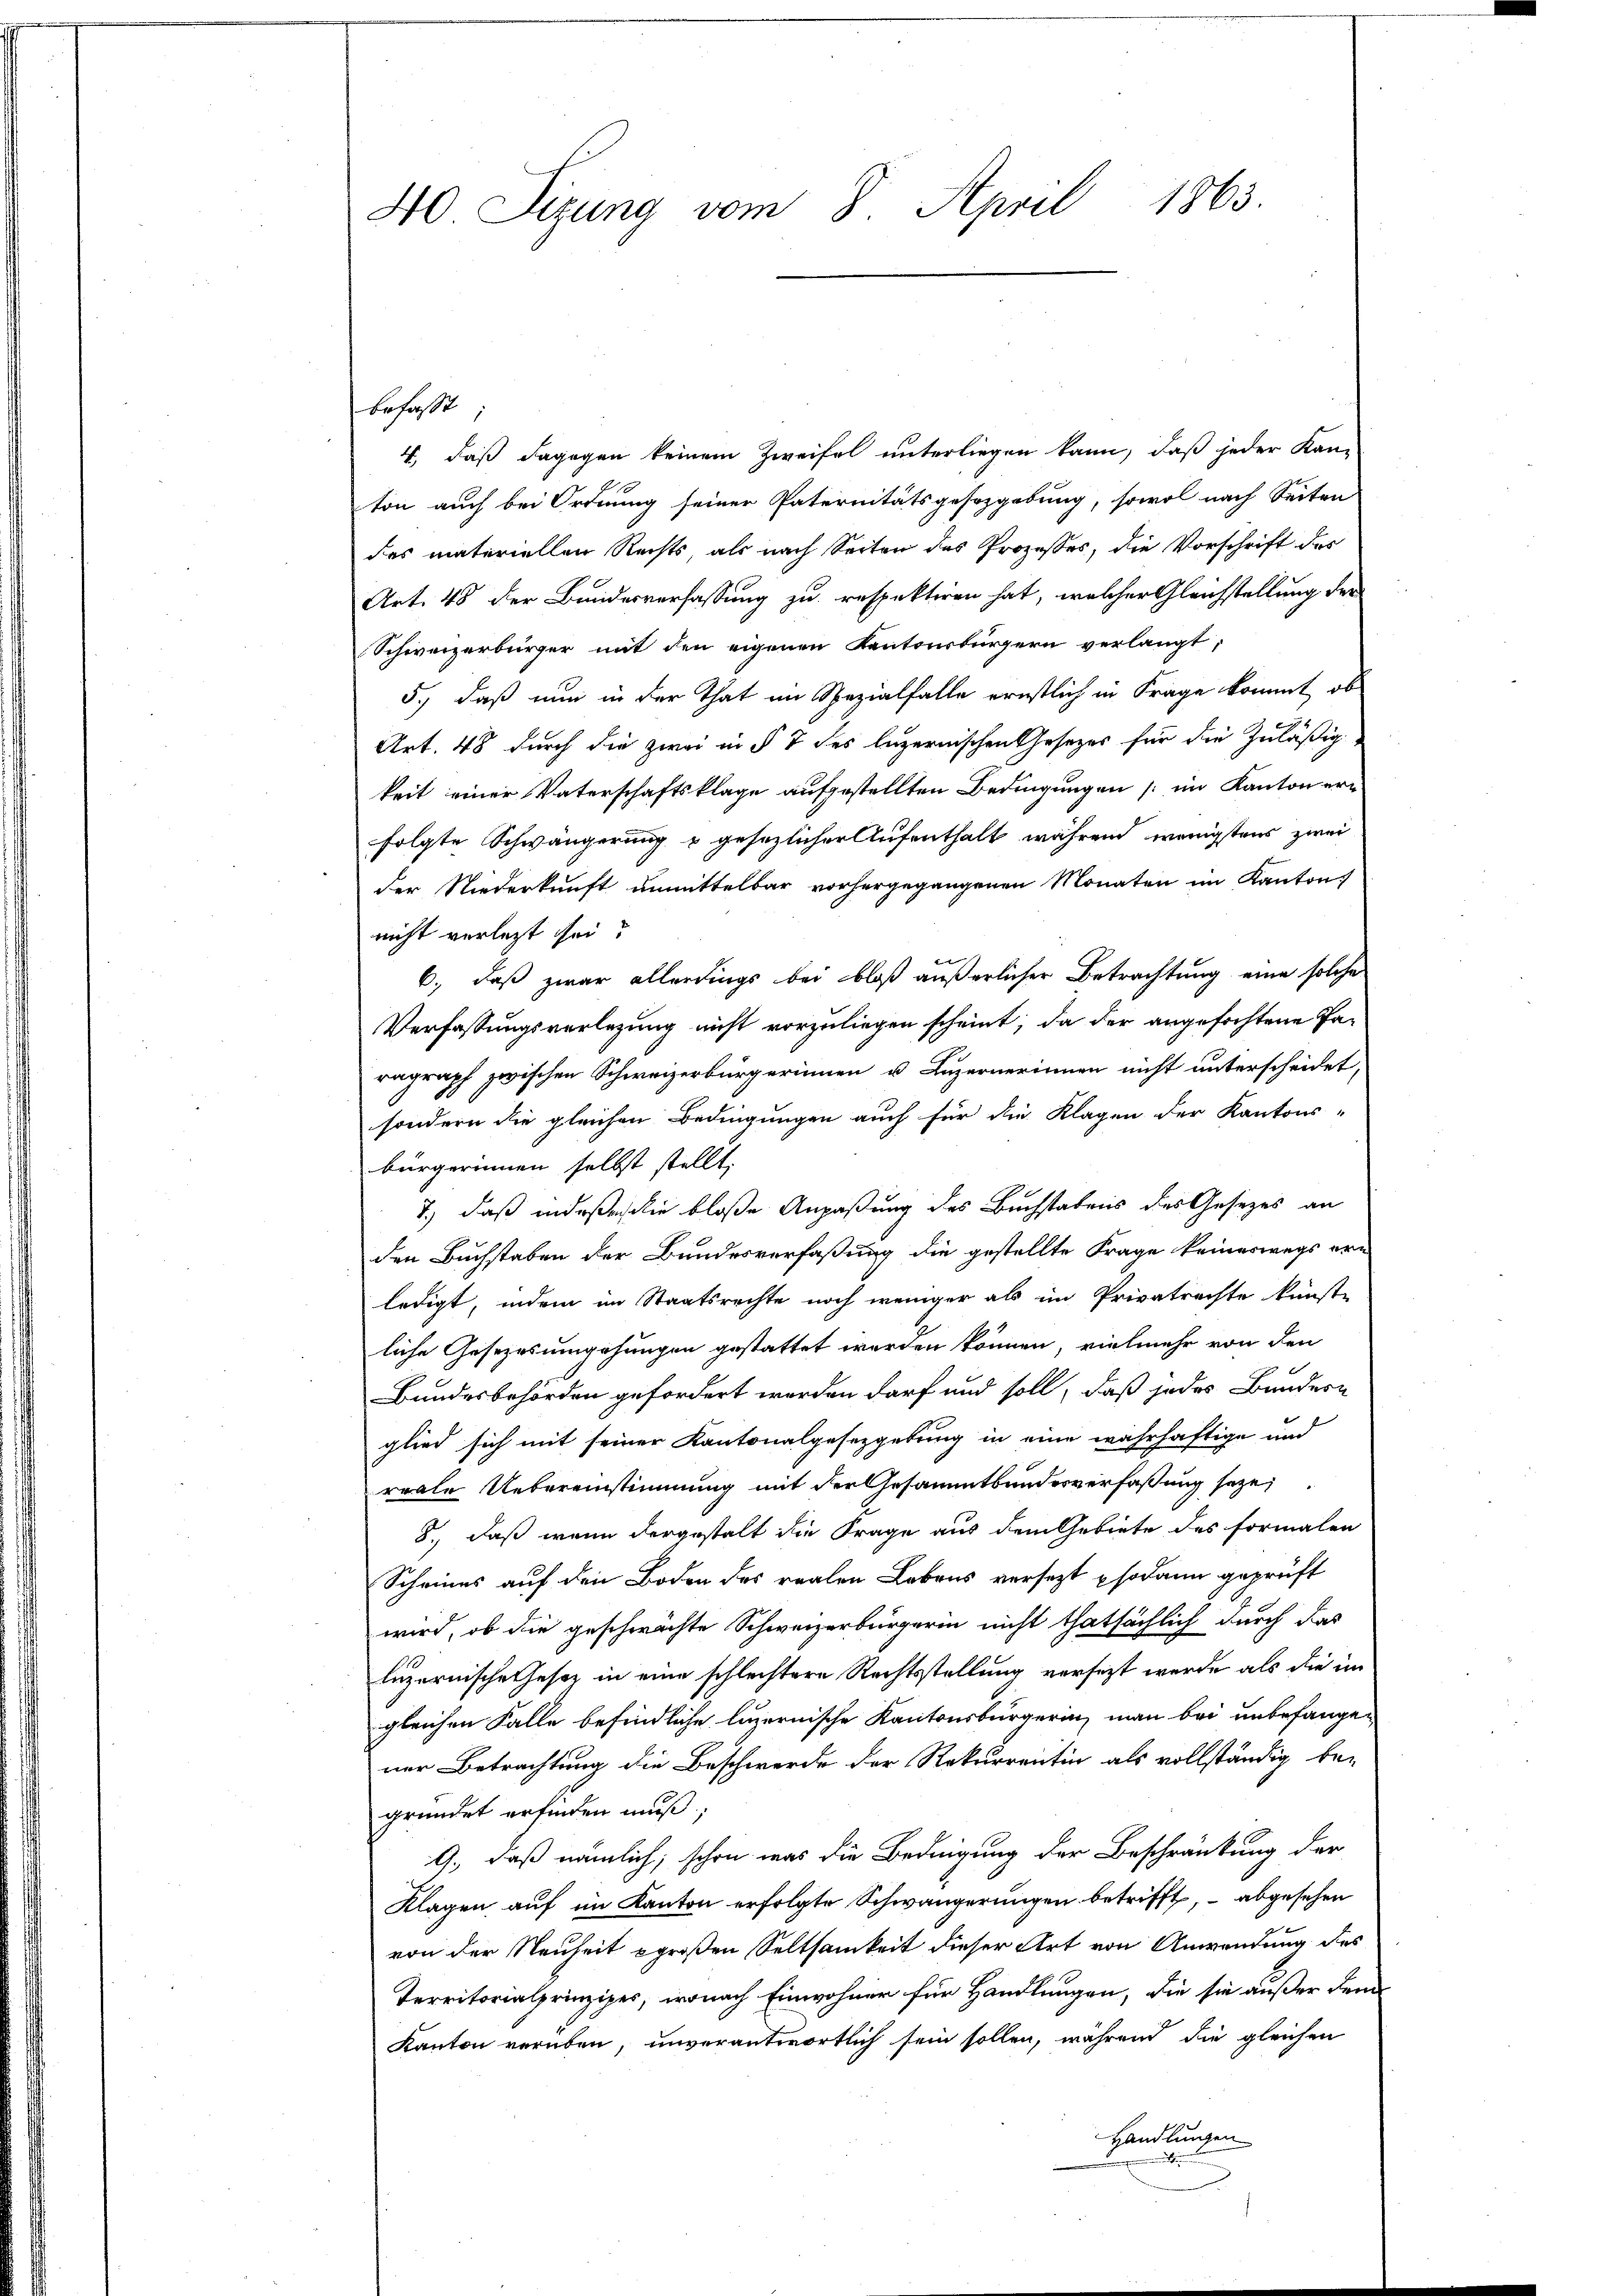
40 Sizung vom 8. April 1863.

befasst
4, daß dagegen keinem Zweifel unterliegen kann, daß jeder Kan-
ton auch bei Ordnung seiner Paternitätsgesetzgebung, sowol nach Seiten
des materiellen Rechts als nach Seiten des Prozeßes, die Vorschrift des
Art. 48 der Bundesverfassung zu respektiren hat, welcher Gleichstellung der
Schweizerbürger mit den eigenen Kantonsbürgern verlangt,
5.) daß nun in der That im Spezialfalle ernstlich in Frage kommt, ob
Art. 48 durch die zwei in § 7 des luzernischen Gesetzes für die Zuläßig
keit einer Vaterschaftsklage aufgestellten Bedingungen (im Kantonerifolgte Schwängerung u gesezlicher Aufenthalt während wenigstens zwei
der Niederkunft unmittelbar vorhergegangenen Monaten im Kanton
nicht verletzt sei
6., daß zwar allerdings bei bloß äußerlicher Betrachtung eine solche
Verfassungsverlegung nicht vorzuliegen scheint; da der angefochtene Paragraph zwischen Schweizerbürgerinnen u. Luzernerinnen nicht unterscheidet,
sondern die gleichen Bedingungen auch für die Klagen der Kantons-
bürgerinnen selbst stellt,
7.) daß indeßen lie bloße Anpaßung des Buchstabens des Gesezes an
den Buchstaben der Bundesverfaßung die gestellte Frage keineswegs erledigt, indem im Staatsrechte noch weniger als im Privatrechte künste
liche Gesezesumgehungen gestattet werden können, vielmehr von den
 x
Bundesbehörden gefordert werden darf und soll, daß jedes Bundern
glied sich mit seiner Kantonalgesetzgebung in eine wahrhaftige und
reale Uebereinstimmung mit der Gesammtbundesverfaßung seze
8., daß wenn dergestalt die Frage aus dem Gebiete des formalen
Scheines auf den Boden des realen Lebens versezt sodann geprüft
wird, ob die geschwächte Schweizerbürgerin nicht thatsächlich durch das
luzernische Gesetz in eine schlechtere Rechtsstellung versezt werde, als die im
gleichen Falle befindliche luzernische Kantonsbürgerin, man bei unbefangen
ner Betrachtung die Beschwerde der Rekurrentin als vollständig be-
gründet erfinden muß,
9., daß nämlich, schon was die Bedingung der Beschränkung der
Klagen auf im Kanton erfolgte Schwängerungen betrifft, – abgesehen
von der Neuheit großen Seltsamkeit dieser Art von Anwendung des
Territorialprinzipes, wonach Einwohner für Handlungen, die sie außer den
Kanton verüben, unverantwortlich sein sollen, während die gleichen
Handlungen
h